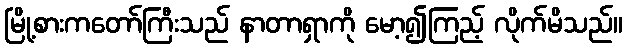
မြို့စားကတော်ကြီးသည် နာတာရှာကို မော့၍ကြည့် လိုက်မိသည်။